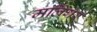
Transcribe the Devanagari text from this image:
मलिंगर